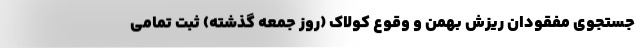
جستجوی مفقودان ریزش بهمن و وقوع کولاک (روز جمعه گذشته) ثبت تمامی